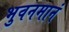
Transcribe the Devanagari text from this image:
भुवनमानं